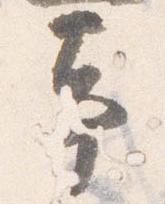
事